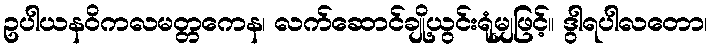
ဥပါယနဝိကလမတ္တကေန၊ လက်ဆောင်ချို့ယွင်းရုံမျှဖြင့်။ ဒွါရပါလတော၊